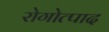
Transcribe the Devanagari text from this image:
रोगोत्पाद